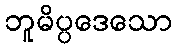
ဘူမိပ္ပဒေသော